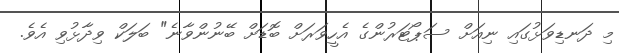
މި ދަނޑިވަޅުގައި ނިއަށް ސަޕޯޓަރުންގެ އެހީވަރަށް ބޮޑަށް ބޭނުންވާނެ" ބަލަކް ވިދާޅުވި އެވެ.